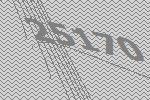
25170